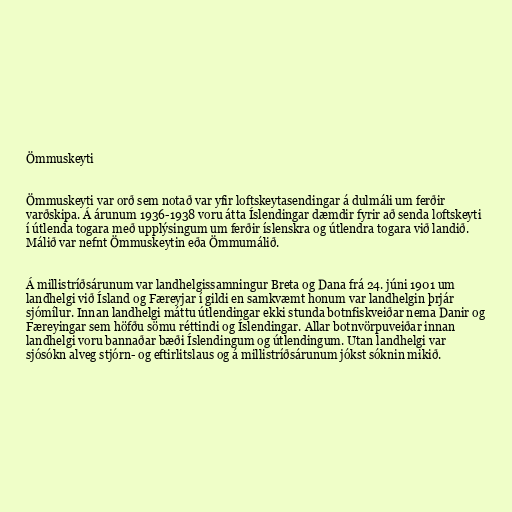
Ömmuskeyti

Ömmuskeyti var orð sem notað var yfir loftskeytasendingar á dulmáli um ferðir
varðskipa. Á árunum 1936-1938 voru átta Íslendingar dæmdir fyrir að senda loftskeyti
í útlenda togara með upplýsingum um ferðir íslenskra og útlendra togara við landið.
Málið var nefnt Ömmuskeytin eða Ömmumálið.

Á millistríðsárunum var landhelgissamningur Breta og Dana frá 24. júni 1901 um
landhelgi við Ísland og Færeyjar í gildi en samkvæmt honum var landhelgin þrjár
sjómílur. Innan landhelgi máttu útlendingar ekki stunda botnfiskveiðar nema Danir og
Færeyingar sem höfðu sömu réttindi og Íslendingar. Allar botnvörpuveiðar innan
landhelgi voru bannaðar bæði Íslendingum og útlendingum. Utan landhelgi var
sjósókn alveg stjórn- og eftirlitslaus og á millistríðsárunum jókst sóknin mikið.